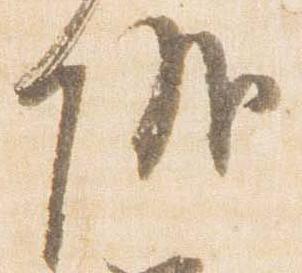
儀